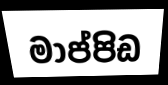
මාප්පිඩ